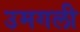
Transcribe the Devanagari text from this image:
उमगली